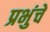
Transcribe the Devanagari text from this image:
प्रभुंचे